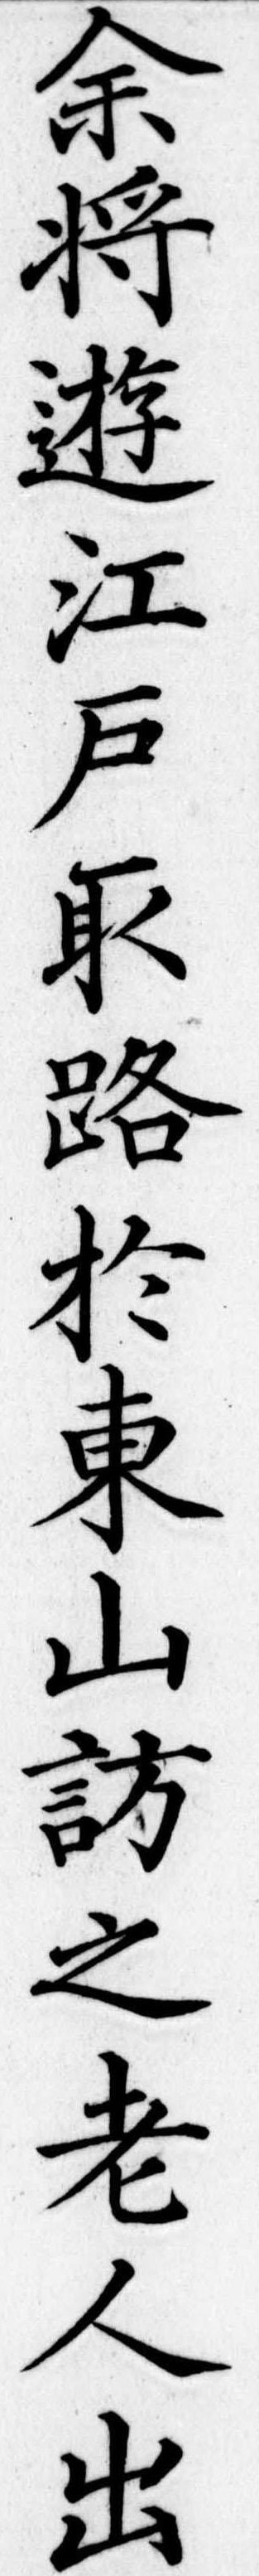
余将逰江戸路於東山訪之老人出